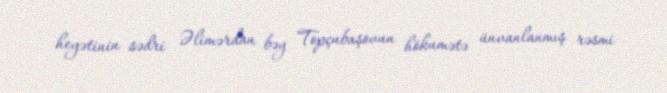
heyətinin sədri Əlimərdan bəy Topçubaşovun hökumətə ünvanlanmış rəsmi